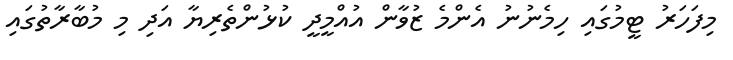
މިފަހަރު ޓީމުގައި ހިމެނުނު އެންމެ ޒުވާން އުއްމީދީ ކުޅުންތެރިޔާ އަދި މި މުބާރާތުގައި